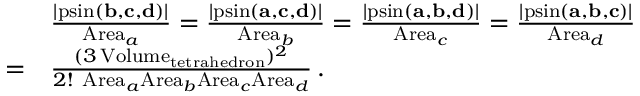
{ \begin{array} { r l } & { { \frac { \left| \operatorname { p s i n } ( \mathbf { b } , \mathbf { c } , \mathbf { d } ) \right| } { \mathrm { A r e a } _ { a } } } = { \frac { \left| \operatorname { p s i n } ( \mathbf { a } , \mathbf { c } , \mathbf { d } ) \right| } { \mathrm { A r e a } _ { b } } } = { \frac { \left| \operatorname { p s i n } ( \mathbf { a } , \mathbf { b } , \mathbf { d } ) \right| } { \mathrm { A r e a } _ { c } } } = { \frac { \left| \operatorname { p s i n } ( \mathbf { a } , \mathbf { b } , \mathbf { c } ) \right| } { \mathrm { A r e a } _ { d } } } } \\ { = } & { { \frac { ( 3 \operatorname { V o l u m e } _ { \mathrm { t e t r a h e d r o n } } ) ^ { 2 } } { 2 ! ~ \mathrm { A r e a } _ { a } \mathrm { A r e a } _ { b } \mathrm { A r e a } _ { c } \mathrm { A r e a } _ { d } } } \, . } \end{array} }